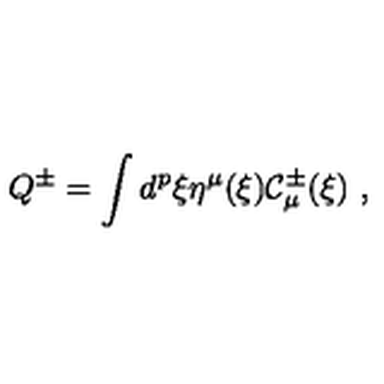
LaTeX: Q ^ { \pm } = \int d ^ { p } \xi \eta ^ { \mu } ( \xi ) { \cal C } _ { \mu } ^ { \pm } ( \xi ) \ ,